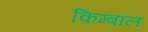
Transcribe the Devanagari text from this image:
किम्बॉल